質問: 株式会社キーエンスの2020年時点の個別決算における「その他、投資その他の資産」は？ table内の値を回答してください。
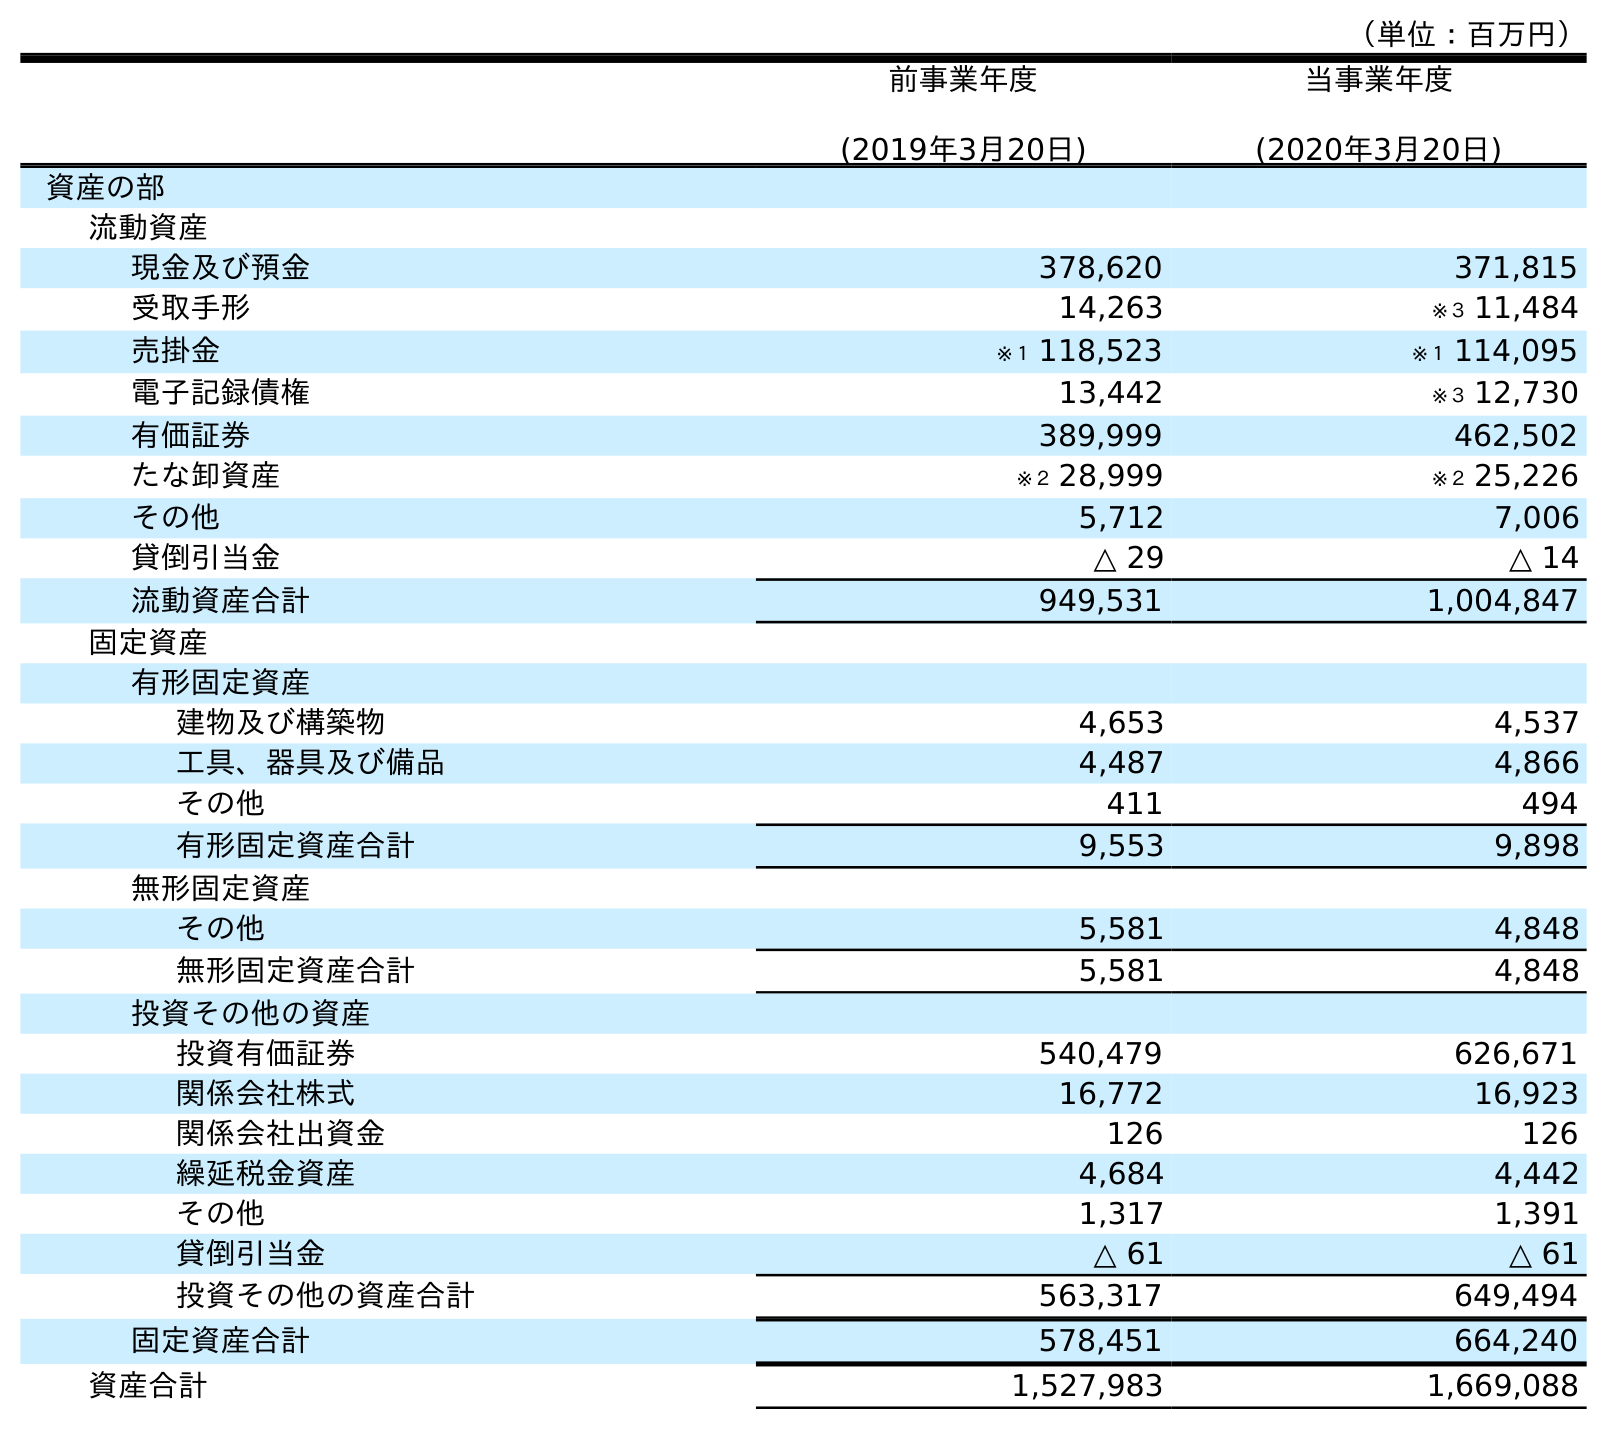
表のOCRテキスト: （単位：百万円） 前事業年度 (2019年3月20日) 当事業年度 (2020年3月20日) 資産の部 流動資産 現金及び預金 378,620 371,815 受取手形 14,263 ※３ 11,484 売掛金 ※１ 118,523 ※１ 114,095 電子記録債権 13,442 ※３ 12,730 有価証券 389,999 462,502 たな卸資産 ※２ 28,999 ※２ 25,226 その他 5,712 7,006 貸倒引当金 △ 29 △ 14 流動資産合計 949,531 1,004,847 固定資産 有形固定資産 建物及び構築物 4,653 4,537 工具、器具及び備品 4,487 4,866 その他 411 494 有形固定資産合計 9,553 9,898 無形固定資産 その他 5,581 4,848 無形固定資産合計 5,581 4,848 投資その他の資産 投資有価証券 540,479 626,671 関係会社株式 16,772 16,923 関係会社出資金 126 126 繰延税金資産 4,684 4,442 その他 1,317 1,391 貸倒引当金 △ 61 △ 61 投資その他の資産合計 563,317 649,494 固定資産合計 578,451 664,240 資産合計 1,527,983 1,669,088
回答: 1,391